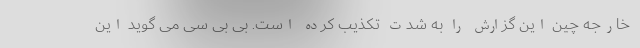
خارجه چین این گزارش را به شدت تکذیب کرده است. بی بی سی می گوید این